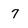
Character: 7